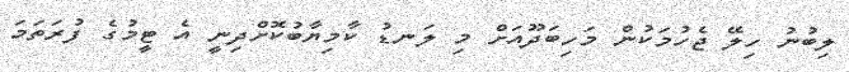
ލިބުނު ހިލޭ ޖެހުމަކުން މަހިބަދޫއަށް މި ލަނޑު ކާމިޔާބުކޮށްދިނީ އެ ޓީމުގެ ފުރަތަމަ